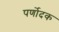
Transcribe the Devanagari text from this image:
पर्णोदक